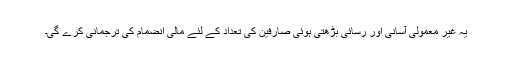
یہ غیر معمولی آسانی اور رسائی بڑھتی ہوئی صارفین کی تعداد کے لئے مالی انضمام کی ترجمانی کرے گی۔